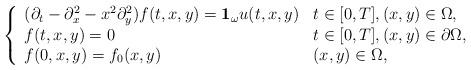
LaTeX: \begin{align*}\left\{\begin{array}{ll}(\partial_t - \partial_x^2 - x^2\partial_y^2)f(t,x,y) = \mathbf 1_\omega u(t,x,y) & t\in [0,T], (x,y)\in \Omega,\\f(t,x,y) = 0 & t \in [0,T], (x,y)\in \partial\Omega,\\f(0,x,y) = f_0(x,y)& (x,y)\in \Omega,\end{array}\right.\end{align*}